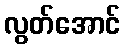
လွတ်အောင်